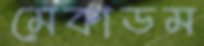
মেকাডম